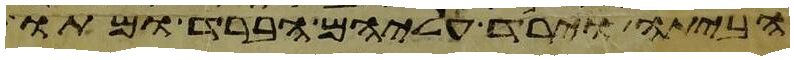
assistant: הביתה וירד עליהם הברד ומתו